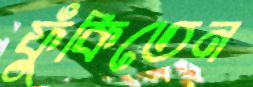
ফুঁকিতেন